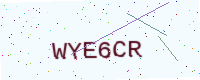
Text: WYE6CR